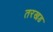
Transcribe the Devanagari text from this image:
तरखड